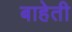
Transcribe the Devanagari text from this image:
बाहेती